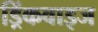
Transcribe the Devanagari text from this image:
ड्रिंकवाइज